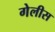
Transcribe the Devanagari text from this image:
गेलीस